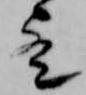
歟